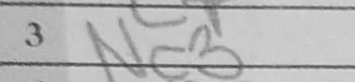
Transcription: Nc3